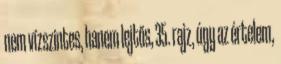
nem vízszintes, hanem lejtős, 35. rajz, úgy az értelem,